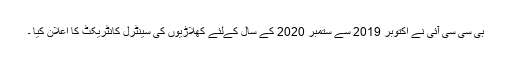
بی سی سی آئی نے اکتوبر 2019 سے ستمبر 2020 کے سال کےلئے کھلاڑیوں کی سینٹرل کانٹریکٹ کا اعلان کیا ۔